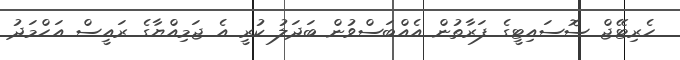
ހެރިޓޭޖް ސޮސައިޓީގެ ފަރާތުން އެއްބަސްވުން ބަދަލު ކުރީ އެ ޖަމިއްޔާގެ ރައީސް އަހްމަދު